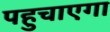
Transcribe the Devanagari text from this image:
पहुचाएगा